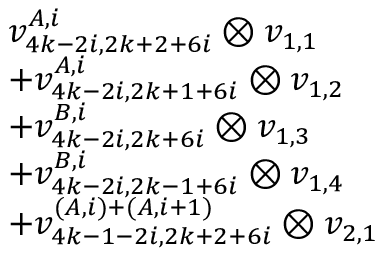
\begin{array} { r l } & { v _ { 4 k - 2 i , 2 k + 2 + 6 i } ^ { A , i } \otimes v _ { 1 , 1 } } \\ & { + v _ { 4 k - 2 i , 2 k + 1 + 6 i } ^ { A , i } \otimes v _ { 1 , 2 } } \\ & { + v _ { 4 k - 2 i , 2 k + 6 i } ^ { B , i } \otimes v _ { 1 , 3 } } \\ & { + v _ { 4 k - 2 i , 2 k - 1 + 6 i } ^ { B , i } \otimes v _ { 1 , 4 } } \\ & { + v _ { 4 k - 1 - 2 i , 2 k + 2 + 6 i } ^ { ( A , i ) + ( A , i + 1 ) } \otimes v _ { 2 , 1 } } \end{array}